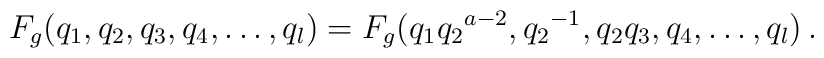
F_g(q_1,q_2,q_3,q_4,\ldots,q_l) =  F_g\bigl(q_1{q_2}^{a-2},{q_2}^{-1},q_2q_3,q_4,\ldots,q_l\bigr)\,.